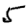
Digit: 5